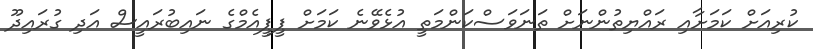
ކުރިއަށް ކަމަށާއި ރައްޔިތުންނަށް ތަނަވަސްކަންމަތީ އުޅެވޭނެ ކަމަށް ޕީޕީއެމްގެ ނައިބުރައީސް އަދި ގުރައިދޫ